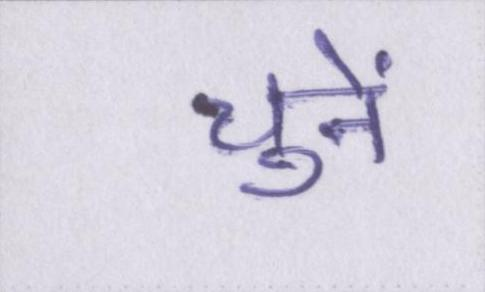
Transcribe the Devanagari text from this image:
चुनें